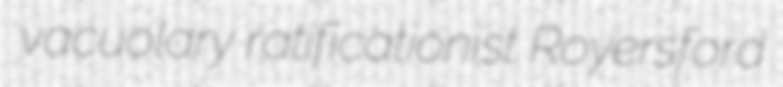
vacuolary ratificationist Royersford